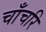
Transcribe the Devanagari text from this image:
चाँचरि